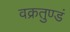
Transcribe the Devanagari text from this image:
वक्रतुण्डं